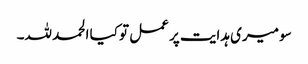
سو میری ہدایت پر عمل تو کیا الحمد للہ۔